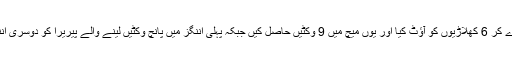
رنگانا ہیراتھ نے 48 رنز دے کر 6 کھلاڑیوں کو آؤٹ کیا اور یوں میچ میں 9 وکٹیں حاصل کیں جبکہ پہلی اننگز میں پانچ وکٹیں لینے والے پیریرا کو دوسری اننگز میں مزید دو شکار ملے۔